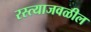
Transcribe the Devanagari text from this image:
रस्त्याजवळील